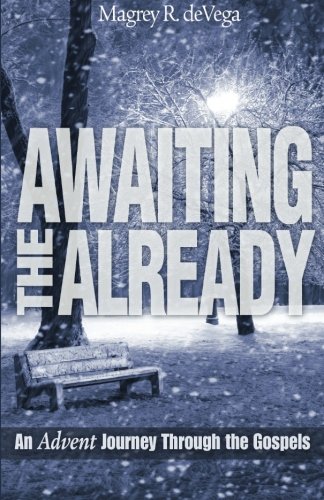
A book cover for Awaiting the Already: An Advent Journey Through the Gospels; Magrey R. deVega; Christian Books & Bibles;